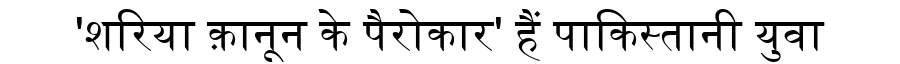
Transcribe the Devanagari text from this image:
'शरिया क़ानून के पैरोकार' हैं पाकिस्तानी युवा